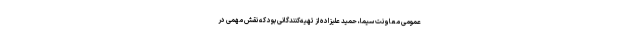
عمومی معاونت سیما، حمید علیزاده از تهیه‌کنندگانی بود که نقش مهمی در